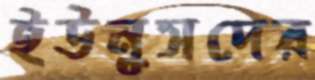
ইউনুসদের